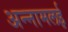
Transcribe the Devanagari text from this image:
अन्‍नामलई